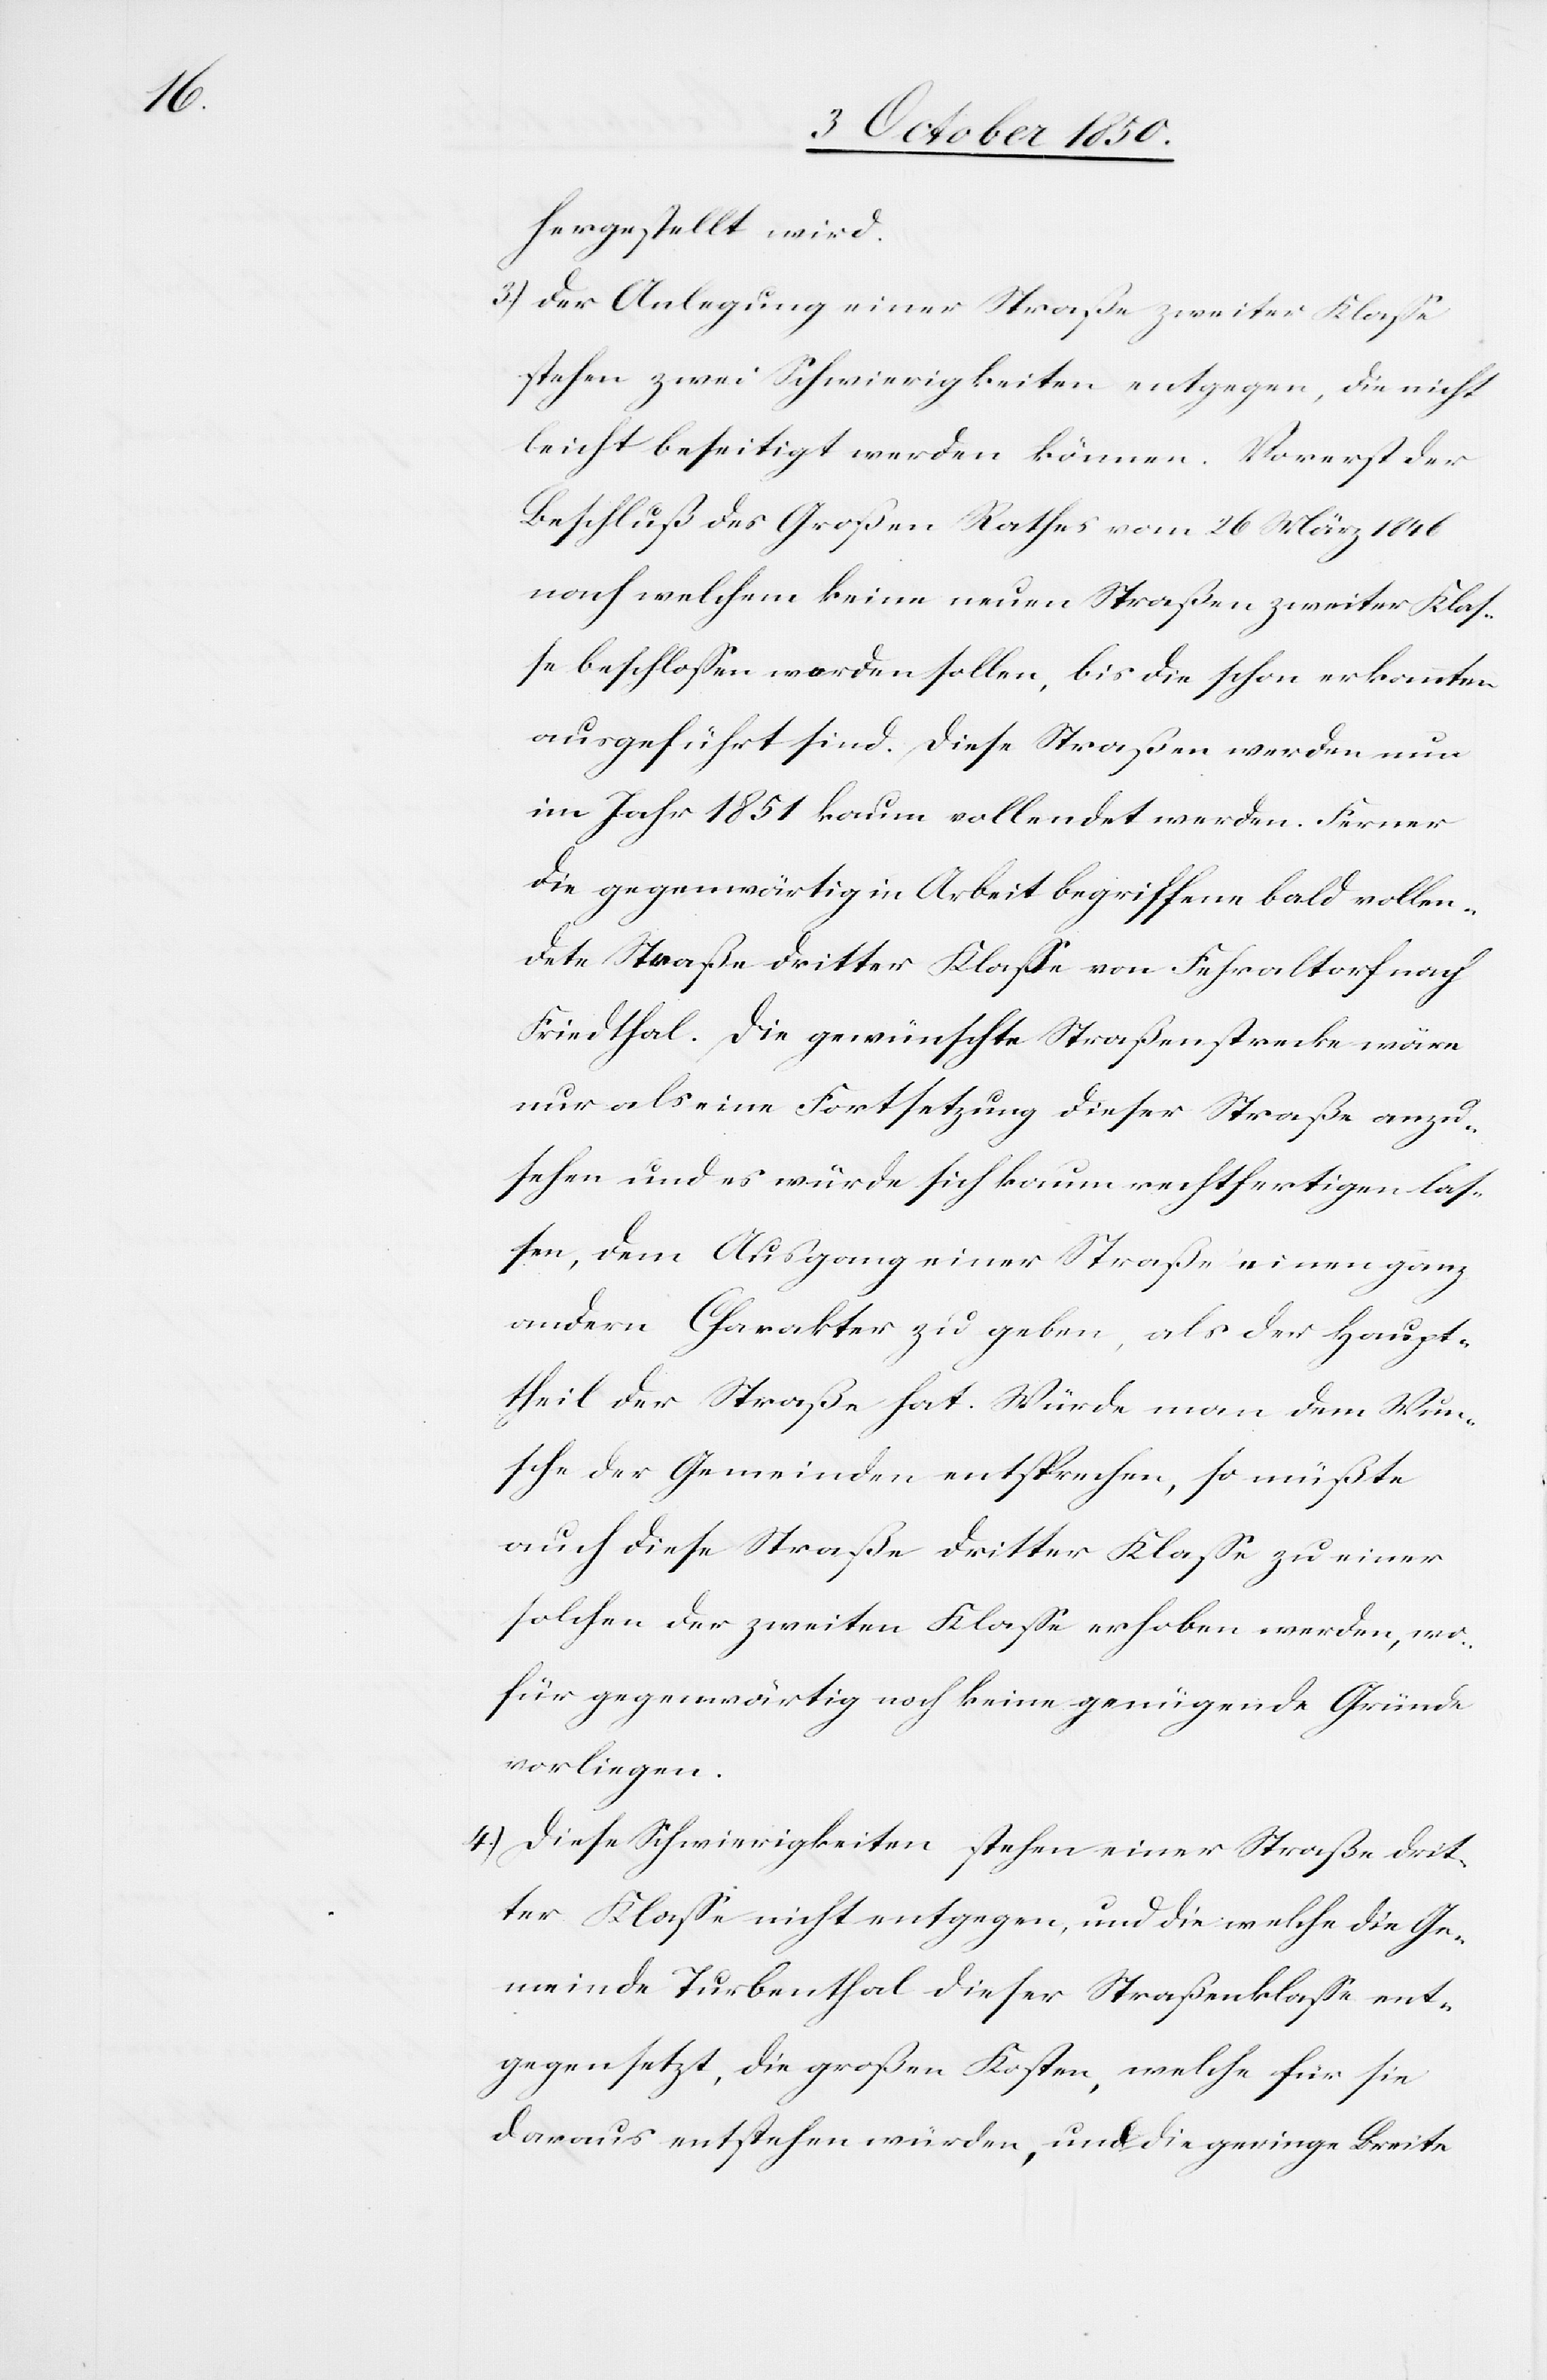
hergestellt wird.
3.) Der Anlegung einer Straße zweiter Klasse
stehen zwei Schwierigkeiten entgegen, die nicht
leicht beseitigt werden können. Vorerst der
Beschluß des Großen Rathes vom 26 März 1846
nach welchem keine neuen Straßen zweiter Klas¬
se beschlossen werden sollen, bis die schon erkannten
ausgeführt sind. Diese Straßen werden nun
im Jahr 1851 kaum vollendet werden. Ferner
die gegenwärtig in Arbeit begriffene bald vollen¬
dete Straße dritter Klasse von Fehraltorf nach
Friedthal. Die gewünschte Straßenstrecke wäre
nur als eine Fortsetzung dieser Straße anzu¬
sehen und es würde sich kaum rechtfertigen las¬
sen, dem Ausgang einer Straße einen ganz
andern Charakter zu geben, als der Haupt¬
theil der Straße hat. Würde man dem Wun¬
sche der Gemeinden entsprechen, so müßte
auch diese Straße dritter Klasse zu einer
solchen der zweiten Klasse erhoben werden, wo¬
für gegenwärtig noch keine genügende Gründe
vorliegen.
4.) Diese Schwierigkeiten stehen einer Straße drit¬
ter Klasse nicht entgegen, und die welche die Ge¬
meinde Turbenthal dieser Straßenklasse ent¬
gegensetzt, die großen Kosten, welche für sie
daraus entstehen würden, und die geringe Breite